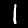
Digit: 1